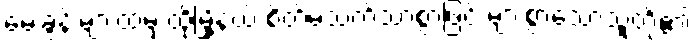
မေးခွန်းများထဲမှ ထိုမြို့နယ် စိတ်မသက်သာစွာဖြင့် များစွာသောသူတို့၏